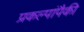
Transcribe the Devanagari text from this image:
प्रकल्पांपैकी